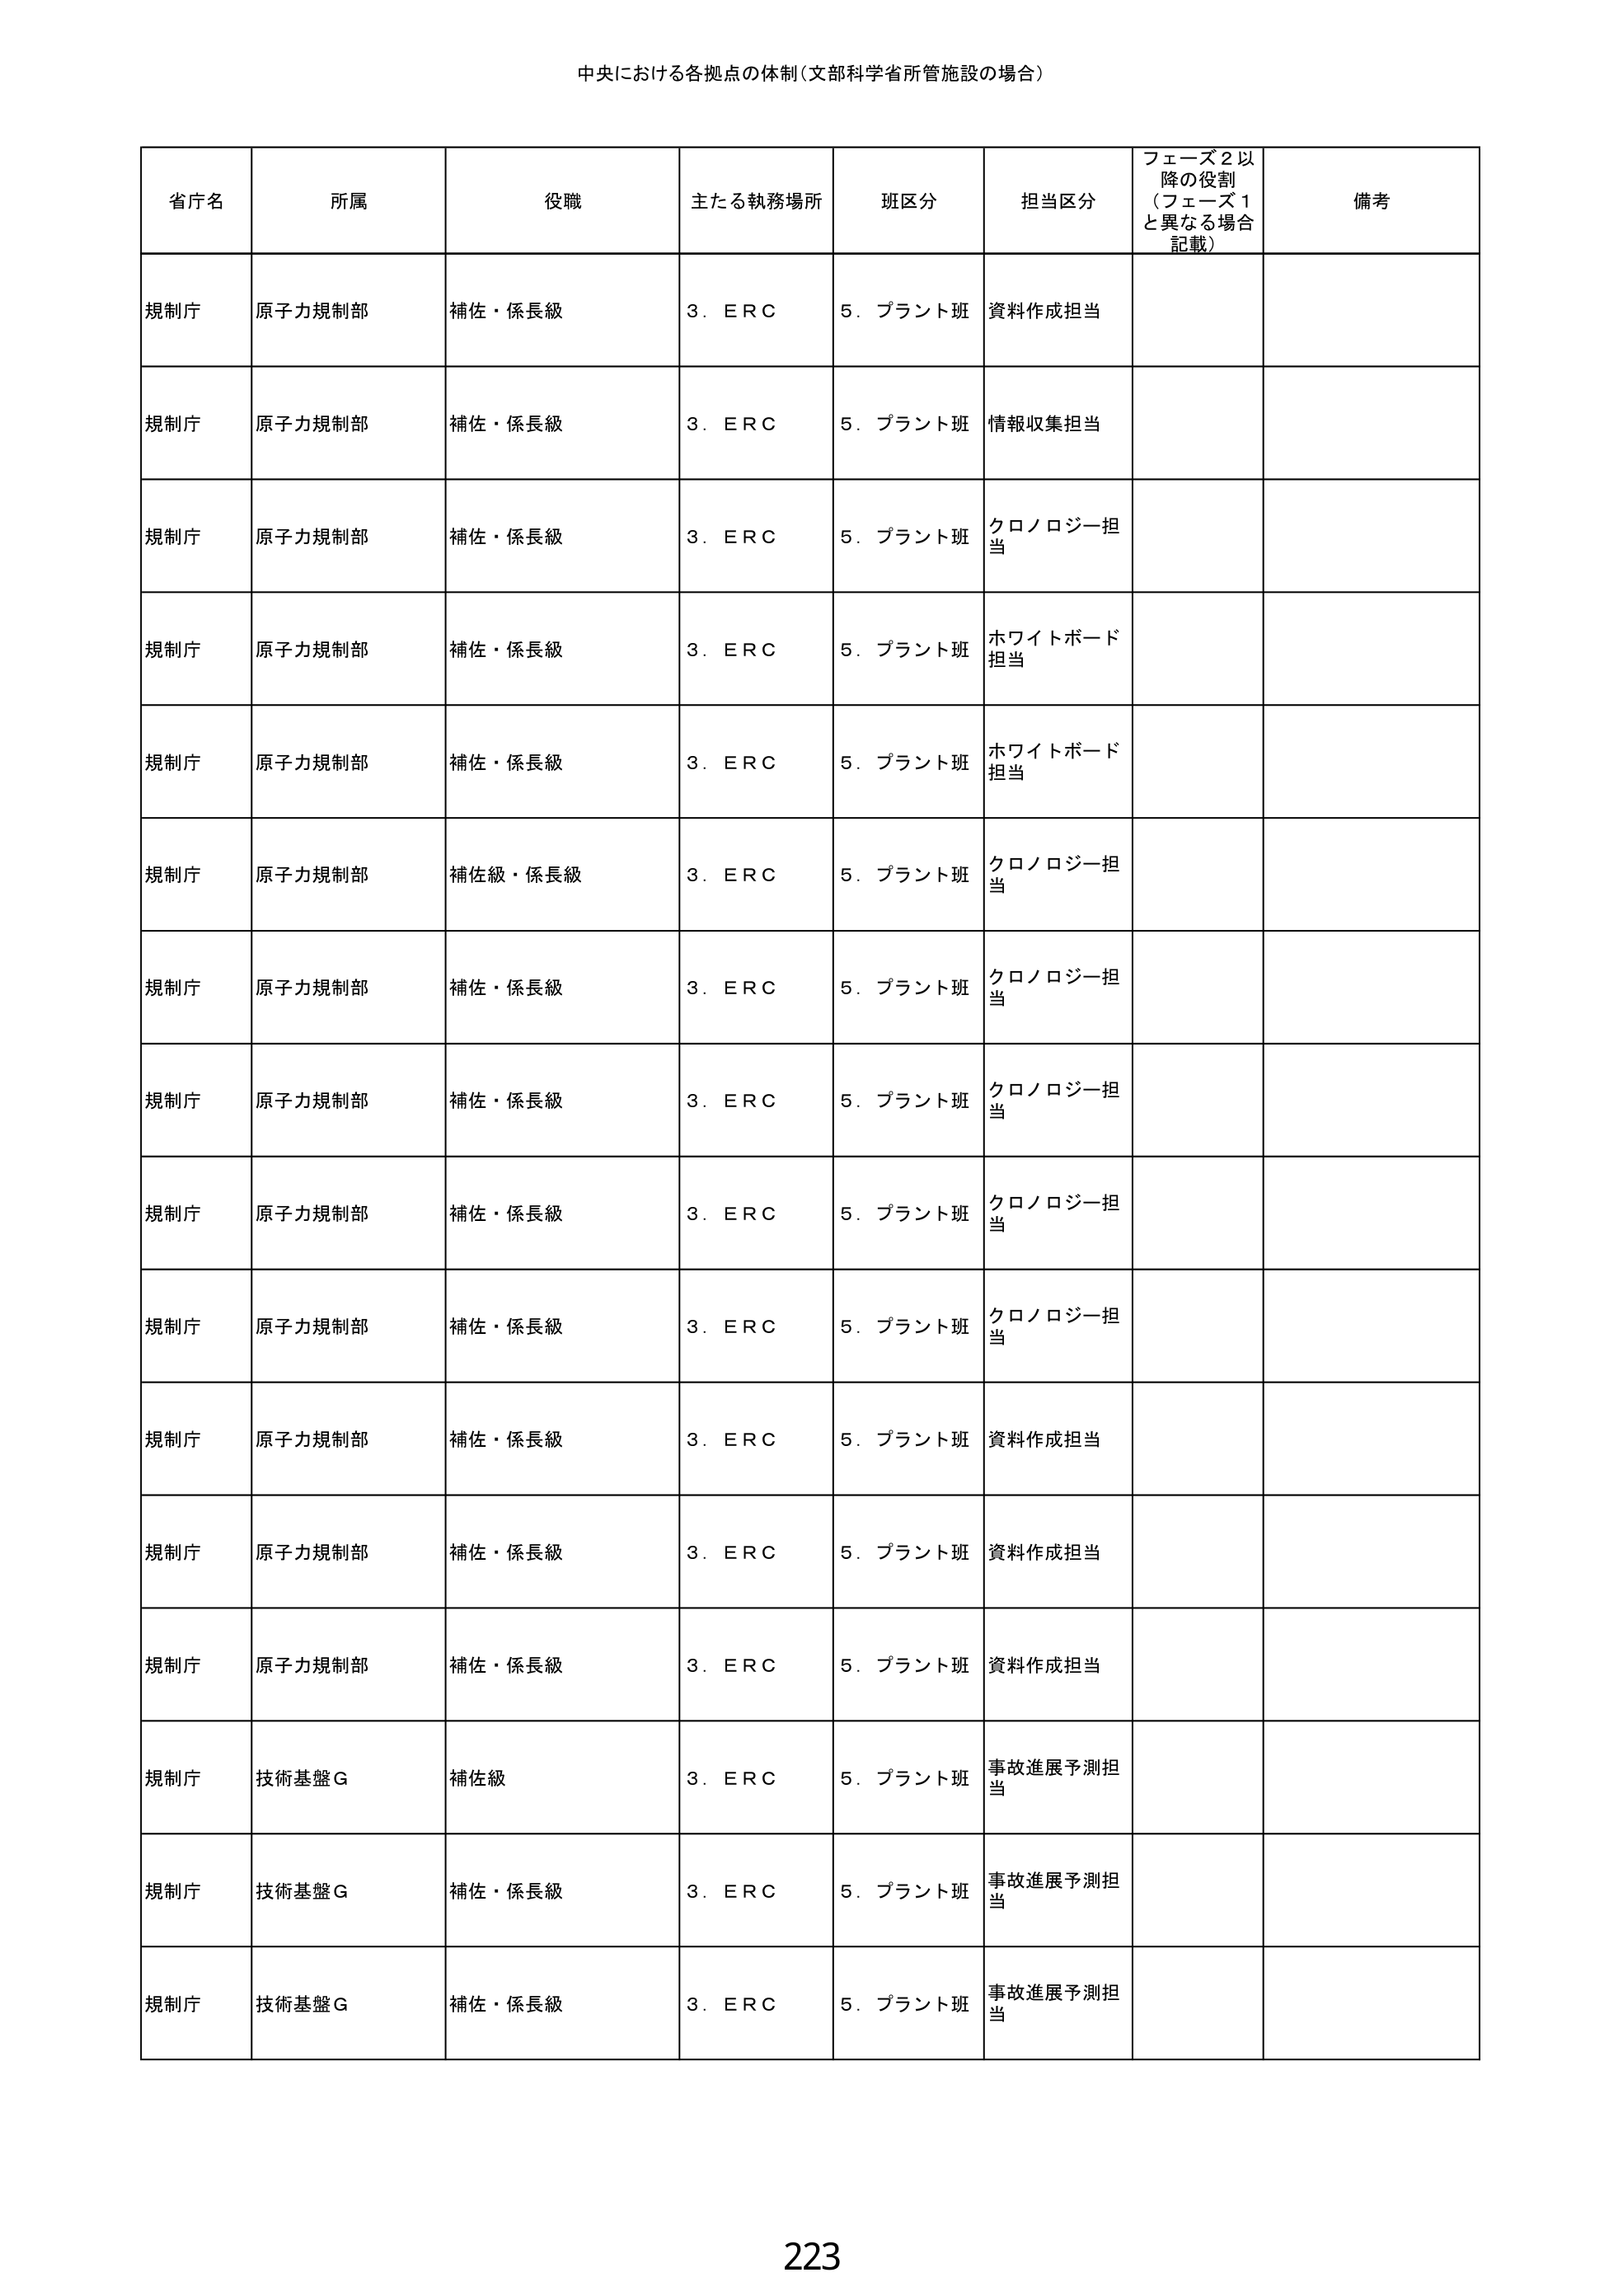
中央における各拠点の体制（文部科学省所管施設の場合）

省庁名　所属　役職　主たる執務場所　班区分　担当区分　フェーズ2以降の役割（フェーズ1と異なる場合記載）　備考

規制庁　原子力規制部　補佐・係長級　3．ERC　5．プラント班　資料作成担当

規制庁　原子力規制部　補佐・係長級　3．ERC　5．プラント班　情報収集担当

規制庁　原子力規制部　補佐・係長級　3．ERC　5．プラント班　クロノロジー担当

規制庁　原子力規制部　補佐・係長級　3．ERC　5．プラント班　ホワイトボード担当

規制庁　原子力規制部　補佐・係長級　3．ERC　5．プラント班　ホワイトボード担当

規制庁　原子力規制部　補佐級・係長級　3．ERC　5．プラント班　クロノロジー担当

規制庁　原子力規制部　補佐・係長級　3．ERC　5．プラント班　クロノロジー担当

規制庁　原子力規制部　補佐・係長級　3．ERC　5．プラント班　クロノロジー担当

規制庁　原子力規制部　補佐・係長級　3．ERC　5．プラント班　クロノロジー担当

規制庁　原子力規制部　補佐・係長級　3．ERC　5．プラント班　クロノロジー担当

規制庁　原子力規制部　補佐・係長級　3．ERC　5．プラント班　資料作成担当

規制庁　原子力規制部　補佐・係長級　3．ERC　5．プラント班　資料作成担当

規制庁　原子力規制部　補佐・係長級　3．ERC　5．プラント班　資料作成担当

規制庁　技術基盤G　補佐級　3．ERC　5．プラント班　事故進展予測担当

規制庁　技術基盤G　補佐・係長級　3．ERC　5．プラント班　事故進展予測担当

規制庁　技術基盤G　補佐・係長級　3．ERC　5．プラント班　事故進展予測担当

223